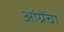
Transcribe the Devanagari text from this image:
आंग्रेंचा